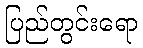
ပြည်တွင်းရော